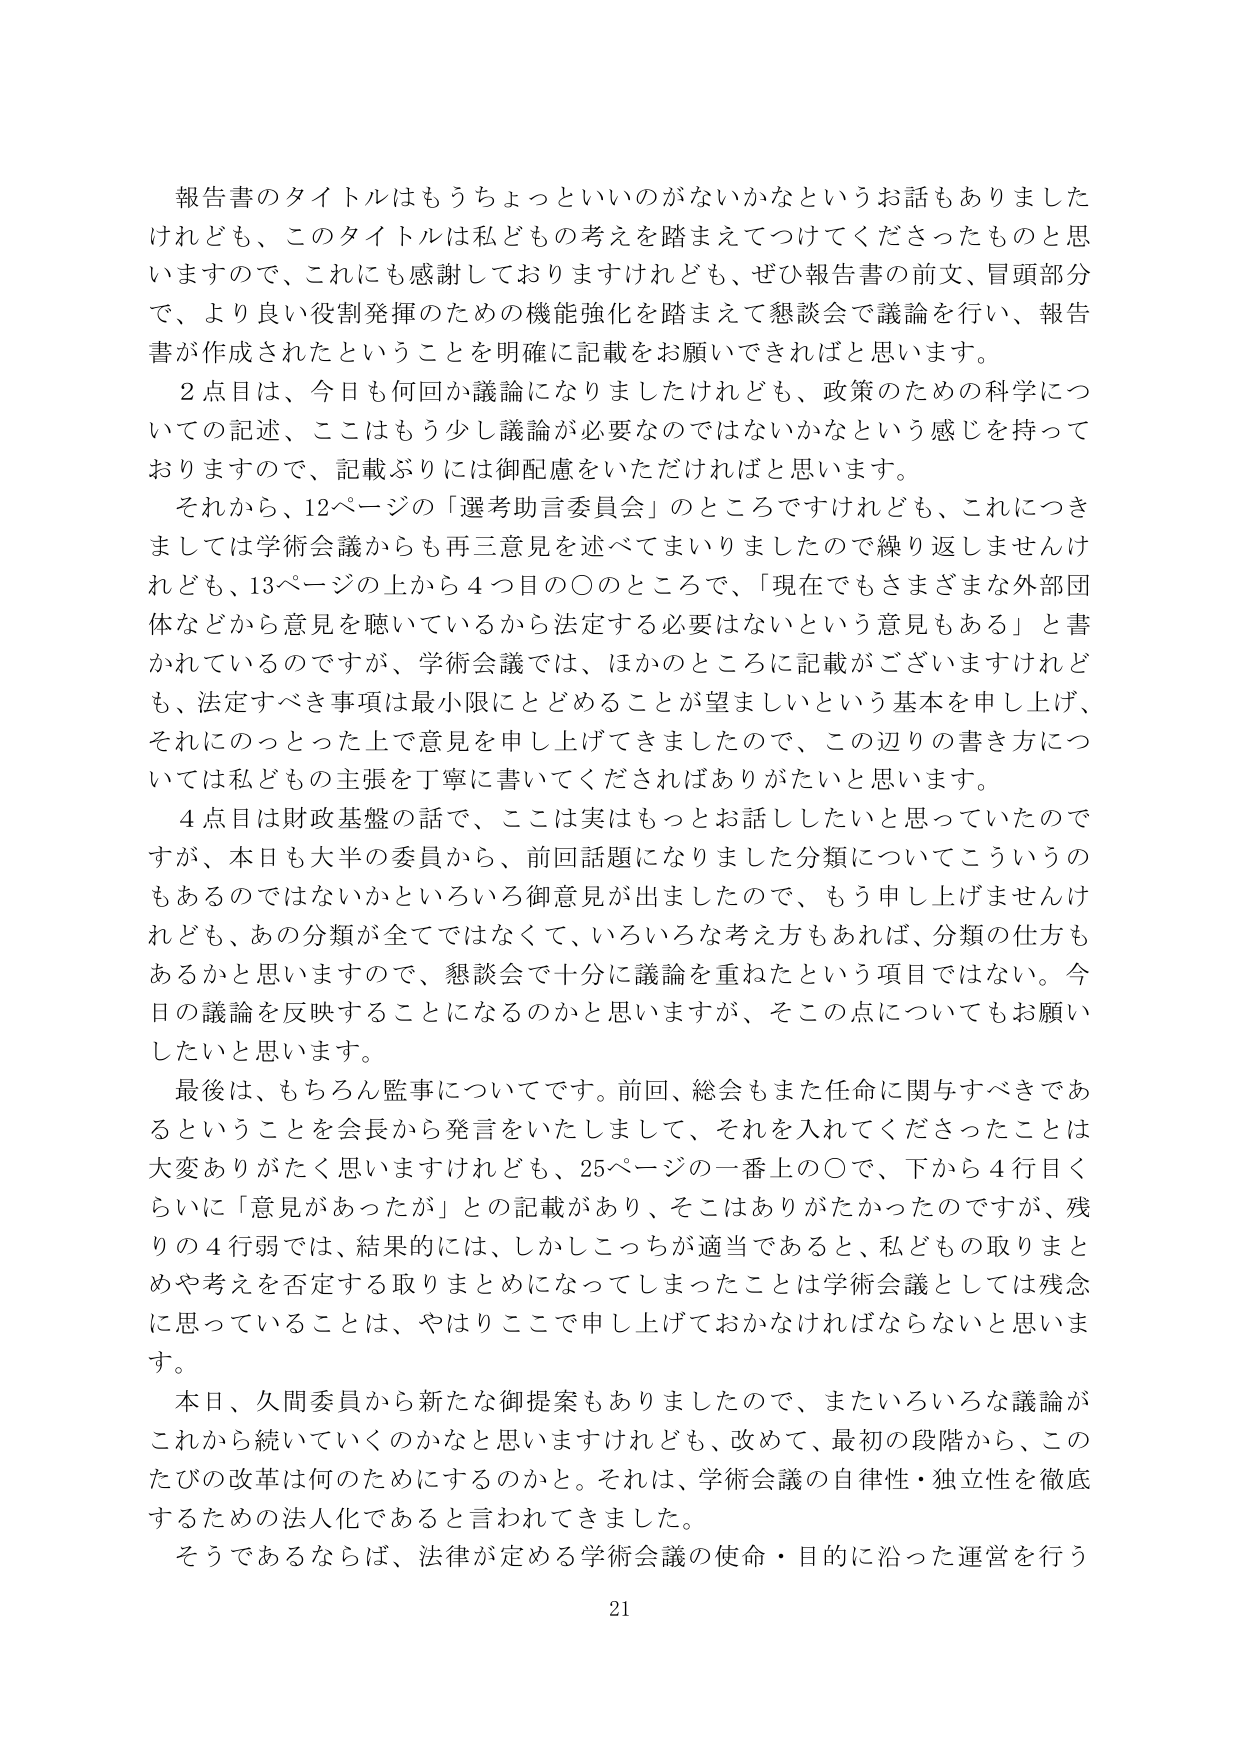
報告書のタイトルはもうちょっといいのがないかなというお話もありましたけれども、このタイトルは私どもの考えを踏まえてつけてくださったものと思いますので、これにも感謝しておりますけれども、ぜひ報告書の前文、冒頭部分で、より良い役割発揮のための機能強化を踏まえて懇談会で議論を行い、報告書が作成されたということを明確に記載をお願いできればと思います。

２点目は、今日も何回か議論になりましたけれども、政策のための科学についての記述、ここはもう少し議論が必要なのではないかなという感じを持っておりますので、記載ぶりには御配慮をいただければと思います。

それから、12ページの「選考助言委員会」のところですけれども、これにつきましては学術会議からも再三意見を述べてまいりましたので繰り返しませんけれども、13ページの上から４つ目の〇のところで、「現在でもさまざまな外部団体などから意見を聴いているから法定する必要はないという意見もある」と書かれているのですが、学術会議では、ほかのところに記載がございますけれども、法定すべき事項は最小限にとどめることが望ましいという基本を申し上げ、それにのっとった上で意見を申し上げてきましたので、この辺りの書き方については私どもの主張を丁寧に書いてくださればありがたいと思います。

４点目は財政基盤の話で、ここは実はもっとお話したいと思っていたのですが、本日も大半の委員から、前回話題になりました分類についてこういうのもあるのではないかといろいろ御意見が出ましたので、もう申し上げませんけれども、あの分類が全てではなくて、いろいろな考え方もあるかと思いますので、懇談会で十分に議論を重ねたという項目ではない。今日の議論を反映することになるのかと思いますが、そこの点についてもお願いしたいと思います。

最後は、もちろん監事についてです。前回、総会もまた任命に関与すべきであるということを会長から発言をいたしまして、それを入れてくださったことは大変ありがたく思いますけれども、25ページの一番上の〇で、下から４行目くらいに「意見があったが」との記載があり、そこはありがたかったのですが、残りの４行弱では、結果的には、しかしこっちが適当であると、私どもの取りまとめや考えを否定する取りまとめになってしまったことは学術会議としては残念に思っていることは、やはりここで申し上げておかなければならないと思います。

本日、久間委員から新たな御提案もありましたので、またいろいろな議論がこれから続いていくのかなと思いますけれども、改めて、最初の段階から、このたびの改革は何のためにするのかと。それは、学術会議の自律性・独立性を徹底するための法人化であると言われてきました。

そうであるならば、法律が定める学術会議の使命・目的に沿った運営を行う

21